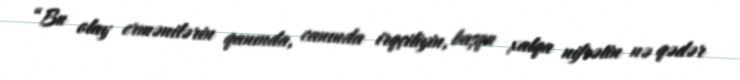
“Bu olay ermənilərin qanında, canında irqçiliyin, başqa xalqa nifrətin nə qədər